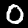
Label: 0